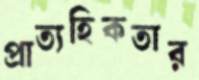
প্রাত্যহিকতার